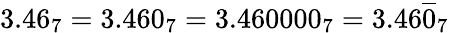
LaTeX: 3.46_{7}=3.460_{7}=3.460000_{7}=3.46{\overline{{0}}}_{7}